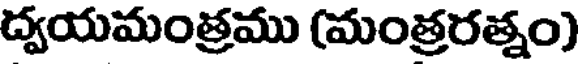
ద్వయమంత్రము (మంత్రరత్నం)